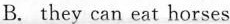
B. they can eat horses